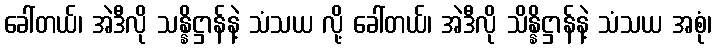
ခေါ်တယ်၊ အဲဒီလို သန္နိဋ္ဌာန်နဲ့ သံသယ လို့ ခေါ်တယ်၊ အဲဒီလို သိန္နိဋ္ဌာန်နဲ့ သံသယ အစုံ၊